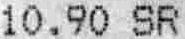
10.90 SR